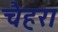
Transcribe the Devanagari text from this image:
चैहरा